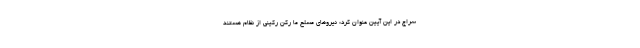
سراج در این آیین عنوان کرد: نیروهاى مسلح ما رکن رکینى از نظام هستند